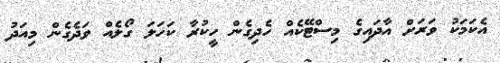
އެކަމަކު ވަރަށް އާދައިގެ މިސްޓޭކެއް ހެދިގެން ހީކުރާ ކަހަލަ ގޯލެއް ވަދެގެން މިއަދު